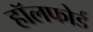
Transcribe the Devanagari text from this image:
हॉलफोर्ड